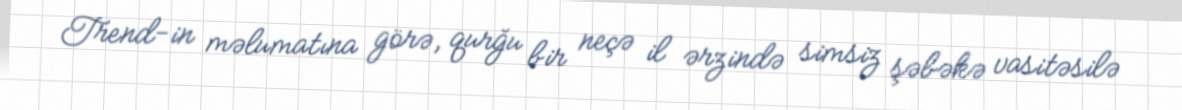
Trend-in məlumatına görə, qurğu bir neçə il ərzində simsiz şəbəkə vasitəsilə